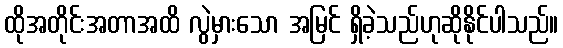
ထိုအတိုင်းအတာအထိ လွဲမှားသော အမြင် ရှိခဲ့သည်ဟုဆိုနိုင်ပါသည်။